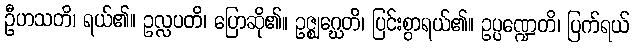
ဦဟသတိ၊ ရယ်၏။ ဥလ္လပတိ၊ ပြောဆို၏။ ဥဇ္ဈဂ္ဃေတိ၊ ပြင်းစွာရယ်၏။ ဥပ္ပဏ္ဍေတိ၊ ပြက်ရယ်